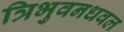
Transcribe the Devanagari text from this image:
त्रिभुवनधवल